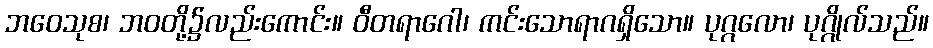
ဘဝေသုစ၊ ဘဝတို့၌လည်းကောင်း။ ဝီတရာဂေါ၊ ကင်းသောရာဂရှိသော။ ပုဂ္ဂလော၊ ပုဂ္ဂိုလ်သည်။